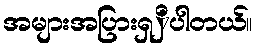
အများအပြားရှှိပါတယ်။